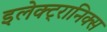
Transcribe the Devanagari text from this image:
इलेक्‍ट्रानिक्‍स